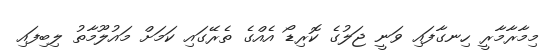
މިމާރާމާރީ ހިނގާފައި ވަނީ ޖަލުގެ ކޮރިޑޯ އެއްގެ ތެރޭގައި ކަމަށް މައުލޫމާތު ލިބިފައި